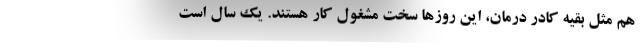
هم مثل بقیه کادر درمان، این روزها سخت مشغول کار هستند. یک سال است